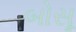
બોસૂ